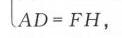
\(AD = FH\)